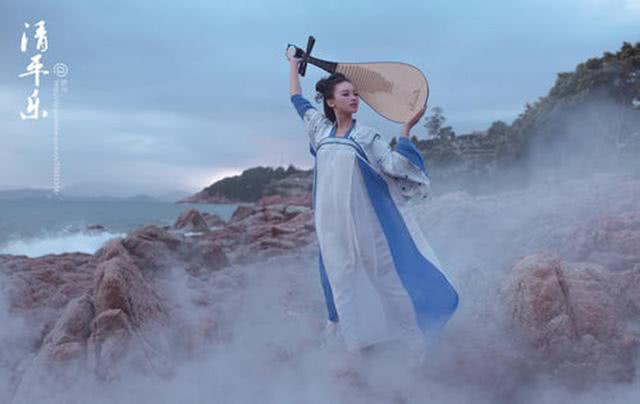
居上不骄，为下不倍。国有道，其言足以兴国无道，其默足以容。